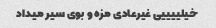
خیلییییی غیرعادی مزه و بوی سیر میداد